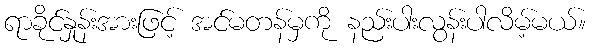
ရာခိုင်နှုန်းအားဖြင့် အင်မတန်မှကို နည်းပါးလွန်းပါလိမ့်မယ်။